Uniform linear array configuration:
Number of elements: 24
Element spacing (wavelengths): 0.75
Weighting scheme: hann
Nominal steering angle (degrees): -30
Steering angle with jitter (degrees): -30.134
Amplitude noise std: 0.05
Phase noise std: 0.05

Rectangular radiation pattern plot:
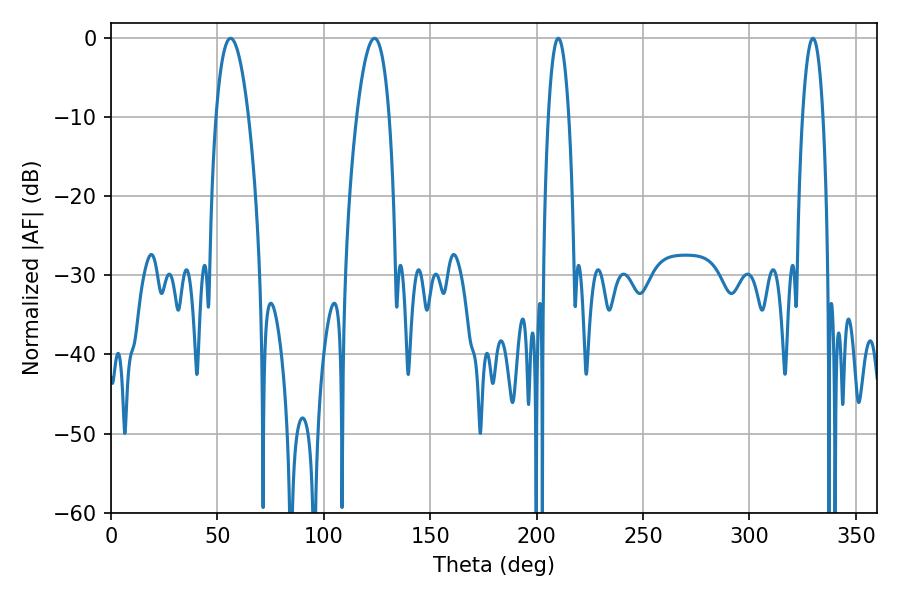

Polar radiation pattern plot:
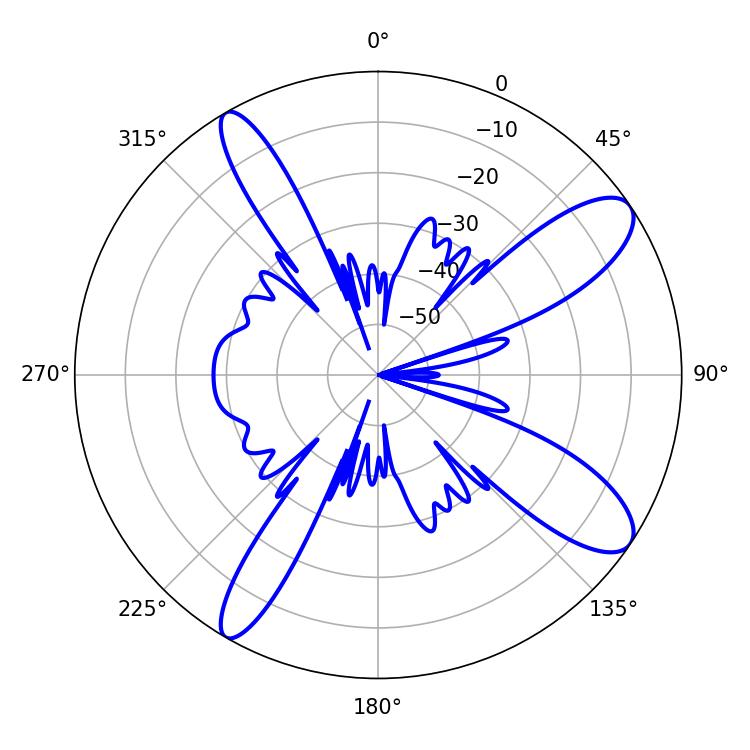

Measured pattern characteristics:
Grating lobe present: TRUE
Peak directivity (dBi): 10.927
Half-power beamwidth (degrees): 8.46
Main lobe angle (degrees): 56.16